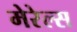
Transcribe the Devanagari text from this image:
मेरेल्स